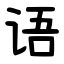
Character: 语